Medical and sanitary report of the native army of Madras for the year
Year: 1875
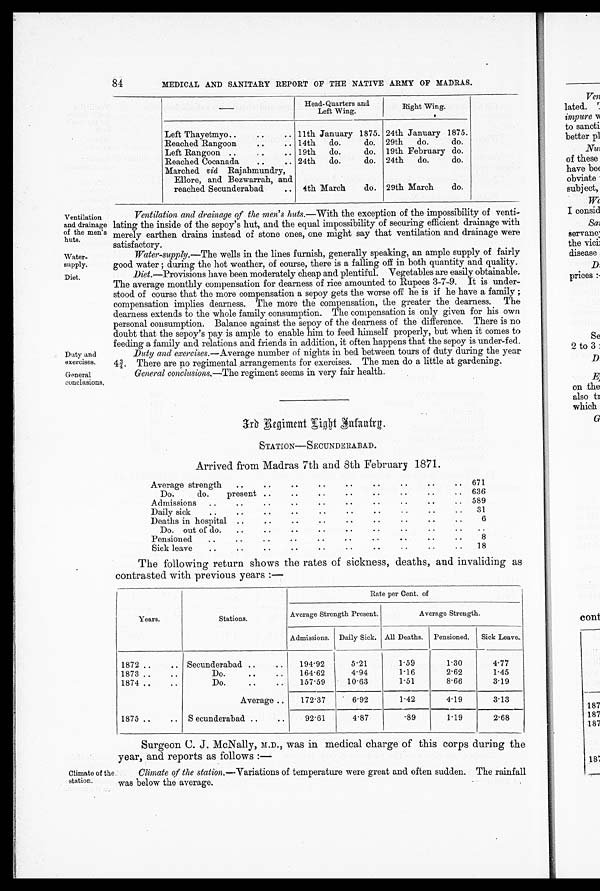
Ventilation
and drainage
of the men.s
huts.
Water
.
supply.
Diet.
Duty and
exercises.
General
conclusions,
Climate of the
station.
4
84
MEDICAL AND SANITARY REPORT OF THE NATIVE ARMY OF MADRAS.
—
Head.Quarters and
Left Wing.
Right Wing.
Left Thayetmyo.... . .
11th January 1875. 24th January 1875.
Reached Rangoon
..
. . 14th
do.
do.
29th
do.
do.
Left Rangoon
. . . .
, .
19th
do.
do.
19th February do.
Reached Cocanada
..
. . 24th
do.
do.
24th
do.
do.
Marched vid Rajahmundry,
Ellore, and Bezwarrah, and
reached Secunderabad
. . 4th March
do.
29th March
do.
Ventilation and drainage of the men.s huts.—With the exception of the impossibility of venti
.lating the inside of the sepoy.s hut, and the equal impossibility of securing efficient drainage with
merely earthen drains instead of stone ones, one might say that ventilation and drainage were
satisfactory.
Water.supply.—The wells in the lines furnish, generally speaking, an ample supply of fairly
good water ; during the hot weather, of course, there is a falling off in both quantity and quality.
Diet.—Provisions have been moderately cheap and plentiful. Vegetables are easily obtainable
The average monthly compensation for dearness of rice amounted to Rupees 3-7-9. It is under
stood of course that the more compensation a sepoy gets the worse off he is if he have a family;
compensation implies dearness. The more the compensation, the greater the dearness. The
dearness extends to the whole family consumption. The compensation is only given for his own
personal consumption. Balance against the sepoy of the dearness of the difference. There is n
o d o u b t t h a t t h e s e p o y ' s p a y i s a m p l e t o e n a b l e h i m t o f e e d h i m s e l f p r o p e r l y , b u t w h e n i t c o m e s t o
feeding a family and relations and friends in addition. it often happens that the se poy is under-fed
Duty and exercises.— Average number of nights in bed between tours of duty during the year
4 ¾. There are no regimental .arrangements for exercises. The men do a little at gardening..
General conclusions..—The regiment seems in very fair health.
3rd Regiment Light Infantry
STATION—SECUNDERABAD.
Arrived from Madras 7th and 8th February 1871.
Average strength
Do.
do.
. .
present
..
..
. .
....
..
..
..
.
.
. . .
. . .
.
. .
.
. .
671
636
Admissions
..
. .
. .
. . ..
.
. . . ..
. .
589
Daily sick
..
. .
. . ..
.
. . .
. . . .
. .
31
Deaths in hospital . .
..
..
. .
.
. . .
. . ..
. .
6
Do. out of do
. .
. . .. ..
.
. . .
. . ..
. .
. .
Pensioned. .
. .
..
..
..
.
. . . . . ..
. .
8
Sick leave
..
. .
. . .. ..
.
. . . . . ..
. .
18
The following return shows the rates of sickness, deaths, and invaliding as
contrasted with previous years :—
Years .
St at i ons .
R a t e p e r C e n t . o f
Average Strength Present.
Average Strength.
Admissions. Daily Sick, All Deaths.
Pensioned.
Sick Leave..
1872 ..
..
Secunderabad . .
194.92
5.21
1.59
1.30
4.77
1873 ..
..
Do.
..
..
164.62
4.94
1.16
2.62
1.45
1874 ..
, .
Do. .. ..
157.59
10.63
1.51
8.66
3.19
Average . .
172.37
6.92
1.42
4.19
313
1875 ..
..
Secunderabad. .. ..
92.61
4.87
.89
1.19
2.68
Surgeon C. J. McNally, M.D., was in medical charge of this corps during the
year, and reports as follows :—
Climate of the station...Variations of temperature were great and often sudden. The rainfall
was below the average.